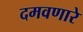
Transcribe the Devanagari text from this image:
दमवणारे